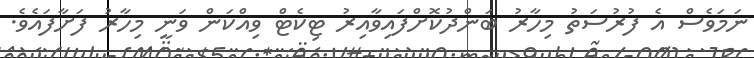
ނަމަވެސް އެ ފުރުސަތު މިހާރު ބަންދުކޮށްފައިވާއިރު ޓިކެޓް ވިއްކަން ވަނީ މިހާރު ފަށާފައެވެ.